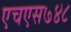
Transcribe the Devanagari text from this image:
एचएस७४८